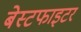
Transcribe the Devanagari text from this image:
बेस्टफाइटर